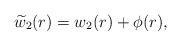
LaTeX: \begin{align*} \widetilde{w}_2(r)= w_2(r) + \phi(r),\end{align*}